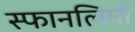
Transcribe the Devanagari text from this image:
स्फानलिपी